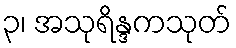
၃၊ အသုရိန္ဒကသုတ်